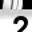
Digit: 2